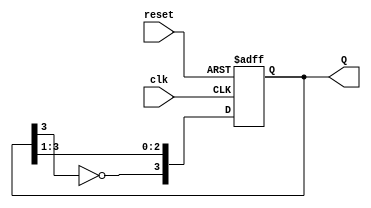
module johnson_counter #(
    parameter N = 4  // Number of flip-flops
) (
    input wire clk,       // Clock input
    input wire reset,     // Reset input
    output reg [N-1:0] Q // Output states of flip-flops
);

    // Internal signal for the inverted output of the last flip-flop
    wire feedback;

    // Assigning the feedback signal from the last flip-flop
    assign feedback = ~Q[N-1];

    always @(posedge clk or posedge reset) begin
        if (reset) begin
            // Initialize the counter to all zeros on reset
            Q <= 0;
        end else begin
            // Shift the current state and feed back the inverted last output
            Q <= {feedback, Q[N-1:1]};
        end
    end

endmodule